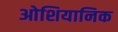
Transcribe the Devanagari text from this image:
ओशियानिक